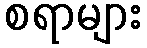
စရာများ